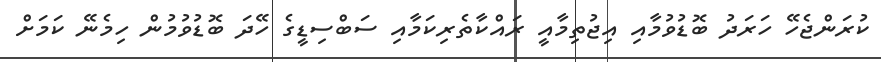
ކުރަންޖެހޭ ހަރަދު ބޮޑުވުމާއި އިޖުތިމާއީ ރައްކާތެރިކަމާއި ސަބްސިޑީގެ ހޭދަ ބޮޑުވުމުން ހިމެނޭ ކަމަށް